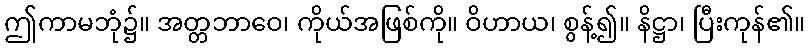
ဤကာမဘုံ၌။ အတ္တဘာဝေ၊ ကိုယ်အဖြစ်ကို။ ဝိဟာယ၊ စွန့်၍။ နိဋ္ဌာ၊ ပြီးကုန်၏။